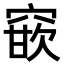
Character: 𮄈